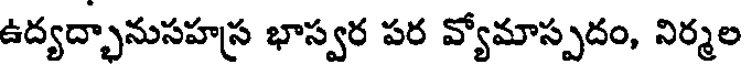
ఉద్యద్భానుసహస్ర భాస్వర పర వ్యోమాస్పదం, నిర్మల